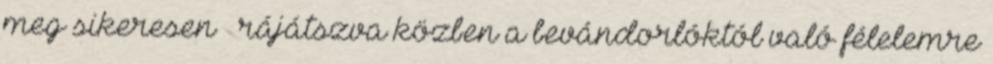
meg sikeresen – rájátszva közben a bevándorlóktól való félelemre